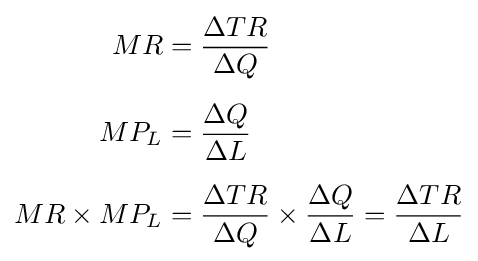
{\begin{aligned}MR&={\frac {\Delta TR}{\Delta Q}}\\[5pt]MP_{L}&={\frac {\Delta Q}{\Delta L}}\\[5pt]MR\times MP_{L}&={\frac {\Delta TR}{\Delta Q}}\times {\frac {\Delta Q}{\Delta L}}={\frac {\Delta TR}{\Delta L}}\end{aligned}}